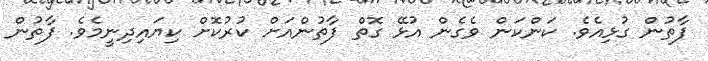
ފާތުން ގުޅިއެވެ. ކަންކަން ވެގެން އުޅޭ ގޮތް ފާތުންއަށް ކުރުކޮށް ކިޔައިދިނީމެވެ. ފާތުން